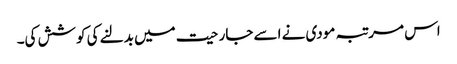
اس مرتبہ مودی نے اسے جارحیت میں بدلنے کی کوشش کی۔